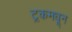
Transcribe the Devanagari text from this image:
ट्रकमधून